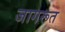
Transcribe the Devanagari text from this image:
जागरूत